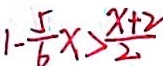
1 - \frac { 5 } { 6 } x > \frac { x + 2 } { 2 }